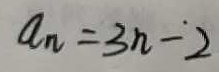
a _ { n } = 3 n - 2